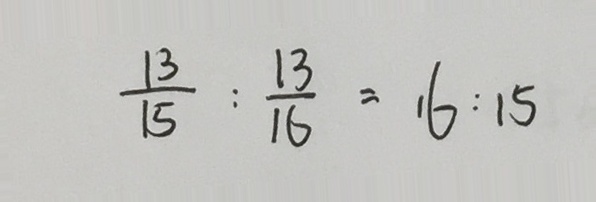
\frac { 1 3 } { 1 5 } : \frac { 1 3 } { 1 6 } = 1 6 : 1 5